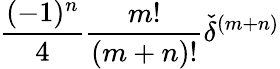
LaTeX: \frac{(-1)^{n}}{4}\frac{m!}{(m+n)!}{\check{\delta}}^{(m+n)}